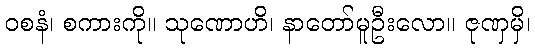
ဝစနံ၊ စကားကို။ သုဏောဟိ၊ နာတော်မူဦးလော။ ဇုဏှမှိ၊